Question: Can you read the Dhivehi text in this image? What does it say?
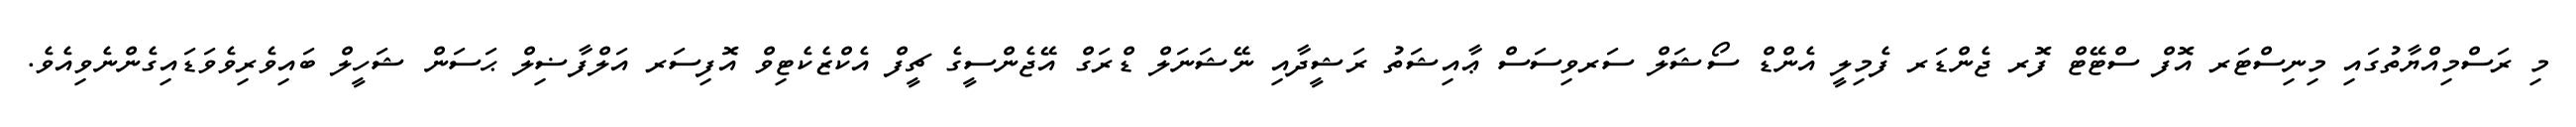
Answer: މި ރަސްމިއްޔާތުގައި މިނިސްޓަރ އޮފް ސްޓޭޓް ފޮރ ޖެންޑަރ ފެމިލީ އެންޑް ސޯޝަލް ސަރވިސަސް ޢާއިޝަތު ރަޝީދާއި ނޭޝަނަލް ޑްރަގް އޭޖެންސީގެ ޗީފް އެކްޒެކެޓިވް އޮފިސަރ އަލްފާޟިލް ޙަސަން ޝަހީލް ބައިވެރިވެވަޑައިގެންނެވިއެވެ.